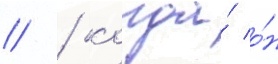
// / когда́ о́н